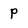
Character: P